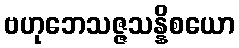
ဗဟုဘေသဇ္ဇသန္နိစယော